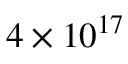
4 \times 1 0 ^ { 1 7 }